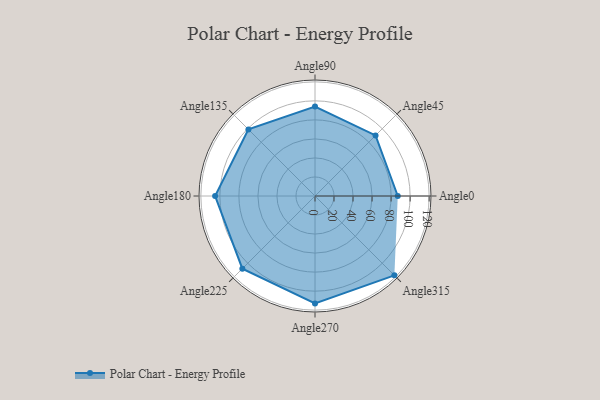
{"axis": {"x": "Angle", "y": "Radius"}, "legend": [""], "data": [{"x": "Angle0", "y": 87.0, "type": ""}, {"x": "Angle45", "y": 90.0, "type": ""}, {"x": "Angle90", "y": 94.0, "type": ""}, {"x": "Angle135", "y": 99.0, "type": ""}, {"x": "Angle180", "y": 105.0, "type": ""}, {"x": "Angle225", "y": 108.0, "type": ""}, {"x": "Angle270", "y": 113.0, "type": ""}, {"x": "Angle315", "y": 118.0, "type": ""}]}